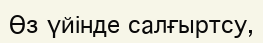
Өз үйінде салғыртсу,